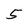
Character: 5